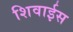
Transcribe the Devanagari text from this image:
शिवाईस